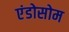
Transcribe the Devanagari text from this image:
एंडोसोम